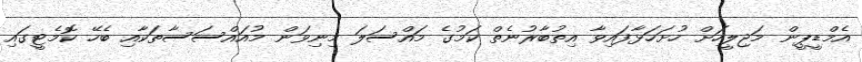
އެމްޑީޕީން މަޖިލީހަށް ހުށަހަޅާފައިވާ އިތުބާރުނެތް ކަމުގެ މައްސަލަ މިނިވަން މުއައްސަސާތަކާއި ބެހޭ ކޮމެޓީގައި